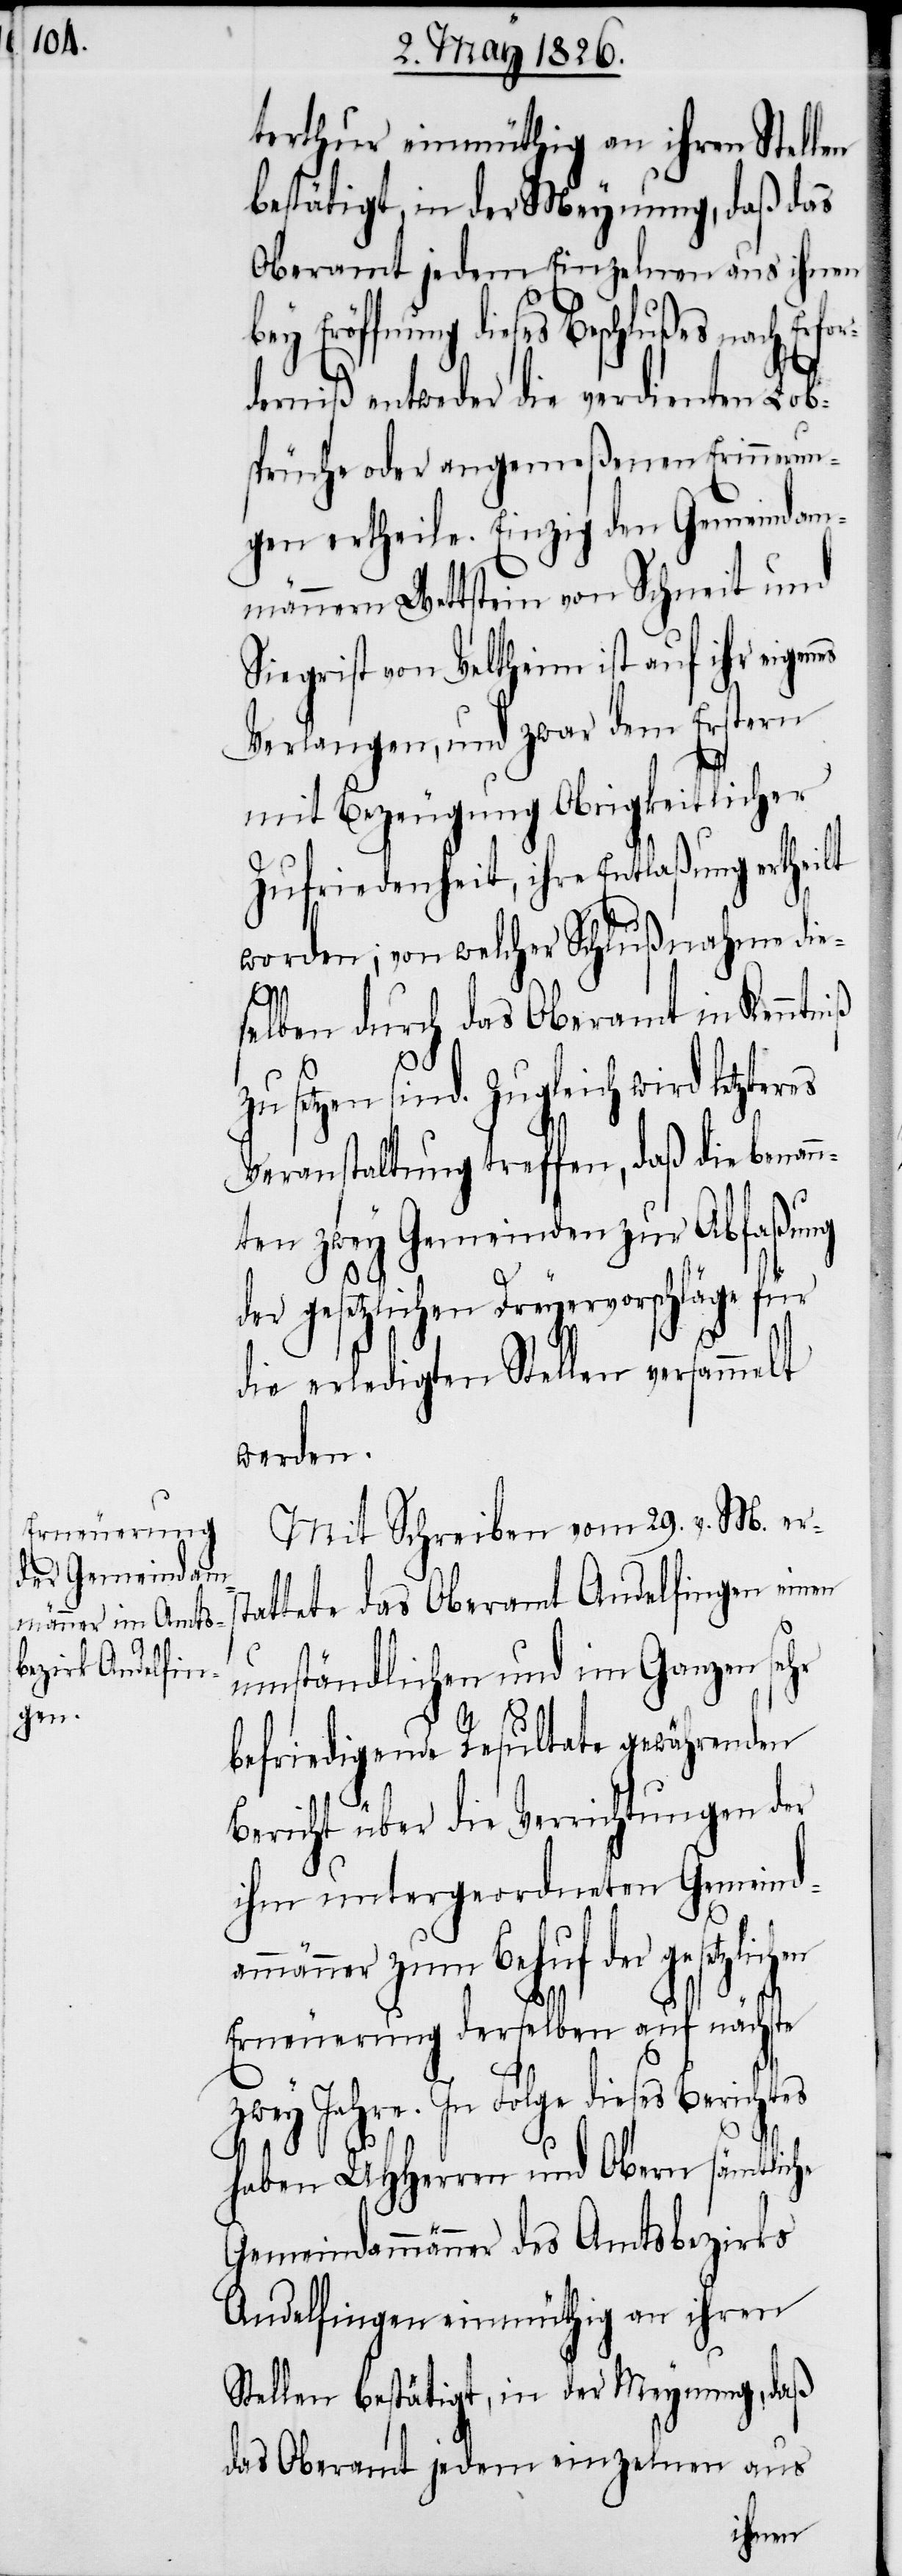
terthur einmüthig an ihren Stellen
bestätigt, in der Meynung, daß das
Oberamt jedem Einzelnen aus ihnen
Eröffnung dieses Beschlußes nach Er¬
derniß entweder die verdienten Lob¬
sprüche oder angemeßenen Erinnerun¬
gen ertheile. Einzig den Gemeindam¬
männern Wettstein von Schneit und
Siegrist von Veltheim ist auf ihr eigen¬
Verlangen, und zwar dem Erstern
mit Bezeugung Obrigkeitlicher
Zufriedenheit, ihre Entlaßung ertheilt
worden; von welcher Schlußnahme die¬
am¬
selben durch das Oberamt in Kenntniß
zu setzen sind. Zugleich wird letzter¬
Veranstaltung treffen, daß die benan¬
nten zwey Gemeinden zur Abfaßung
der gesetzlichen Dreyervorschläge für
die erledigten Stellen versammelt
werden.
Mit Schreiben vom 29. v. M. ers¬
tattete das Oberamt Andelfingen einen
umständlichen und im Ganzen sehr
befriedigende Resultate gewährenden
Bericht über die Verrichtungen der
ihm untergeordneten Gemeind¬
männer zum Behuf der gesetzli¬
Erneuerung derselben auf nächste
zwey Jahre. In Folge dieses Berichtes
haben UHHerren und Obern sämtliche
Gemeindammänner des Amtsbezirks
Andelfingen einmüthig an ihren
Stellen bestätigt, in der Meynung, daß
das Oberamt jedem einzelnen aus
chen